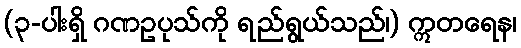
(၃-ပါးရှိ ဂဏဥပုသ်ကို ရည်ရွယ်သည်၊) ဣတရေန၊